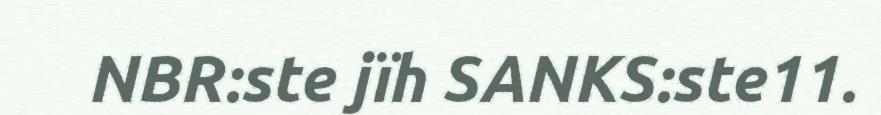
NBR:ste jïh SANKS:ste11.